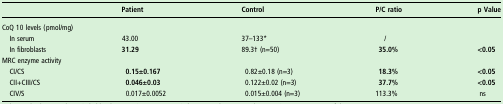
<table><thead><tr><td></td><td><b>Patient</b></td><td><b>Control</b></td><td><b>P/C ratio</b></td><td><b>p Value</b></td></tr></thead><tbody><tr><td colspan="5">CoQ 10 levels (pmol/mg)</td></tr><tr><td> In serum</td><td>43.00</td><td>37–133*</td><td>/</td><td></td></tr><tr><td> In fibroblasts</td><td><b>31.29</b></td><td>89.3† (n=50)</td><td><b>35.0%</b></td><td><b>&lt;0.05</b></td></tr><tr><td colspan="5">MRC enzyme activity</td></tr><tr><td> CI/CS</td><td><b>0.15±0.167</b></td><td>0.82±0.18 (n=3)</td><td><b>18.3%</b></td><td><b>&lt;0.05</b></td></tr><tr><td> CII+CIII/CS</td><td><b>0.046±0.03</b></td><td>0.122±0.02 (n=3)</td><td><b>37.7%</b></td><td><b>&lt;0.05</b></td></tr><tr><td> CIV/S</td><td>0.017±0.0052</td><td>0.015±0.004 (n=3)</td><td>113.3%</td><td>ns</td></tr></tbody></table>